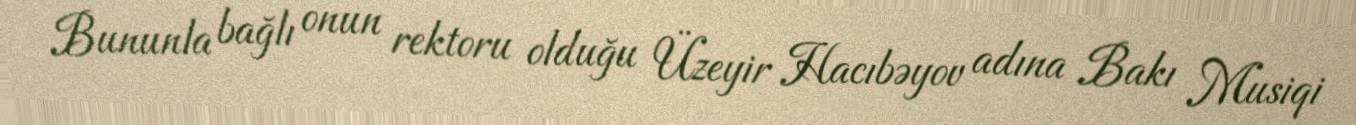
Bununla bağlı onun rektoru olduğu Üzeyir Hacıbəyov adına Bakı Musiqi